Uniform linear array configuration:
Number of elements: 16
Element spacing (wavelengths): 1
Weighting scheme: uniform
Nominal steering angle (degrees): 60
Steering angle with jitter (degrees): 61.846
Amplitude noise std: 0.05
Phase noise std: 0.05

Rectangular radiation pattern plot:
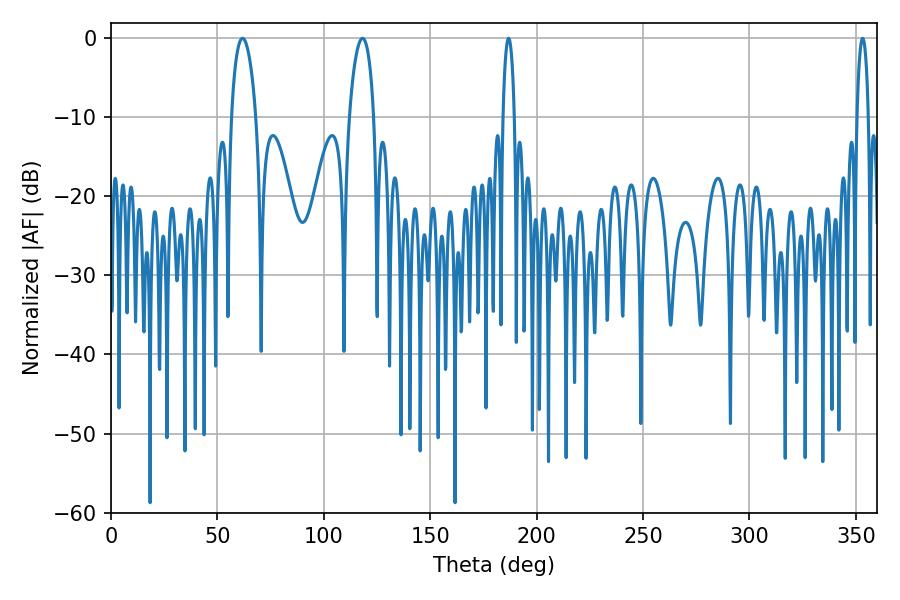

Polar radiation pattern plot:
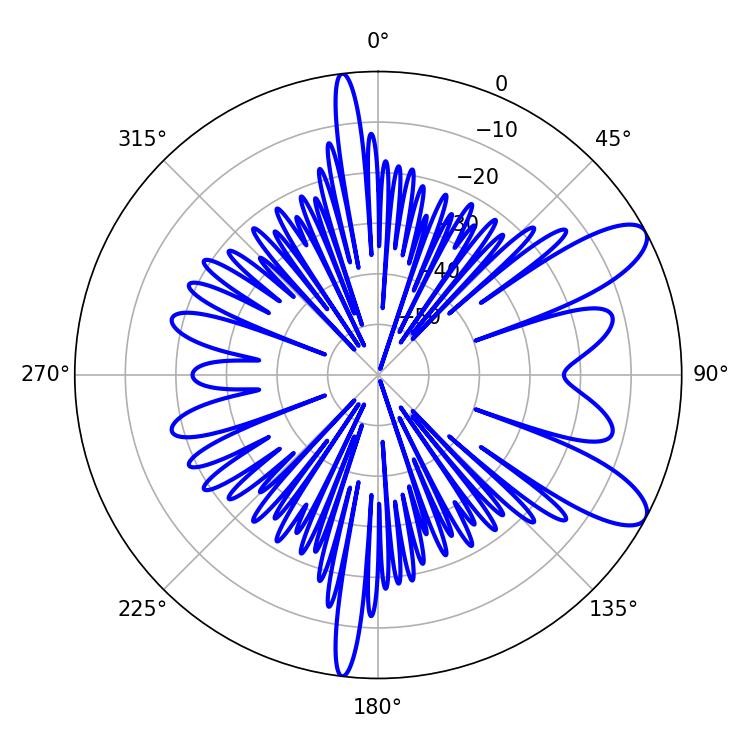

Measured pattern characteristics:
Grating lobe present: TRUE
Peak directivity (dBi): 9.731
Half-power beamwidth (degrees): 2.88
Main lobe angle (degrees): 186.84